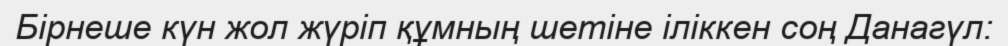
Бірнеше күн жол жүріп құмның шетіне іліккен соң Данагүл: